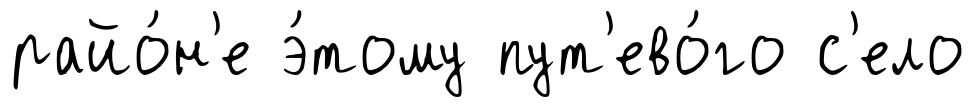
райо́н'е э́тому пут'ево́го с'ело